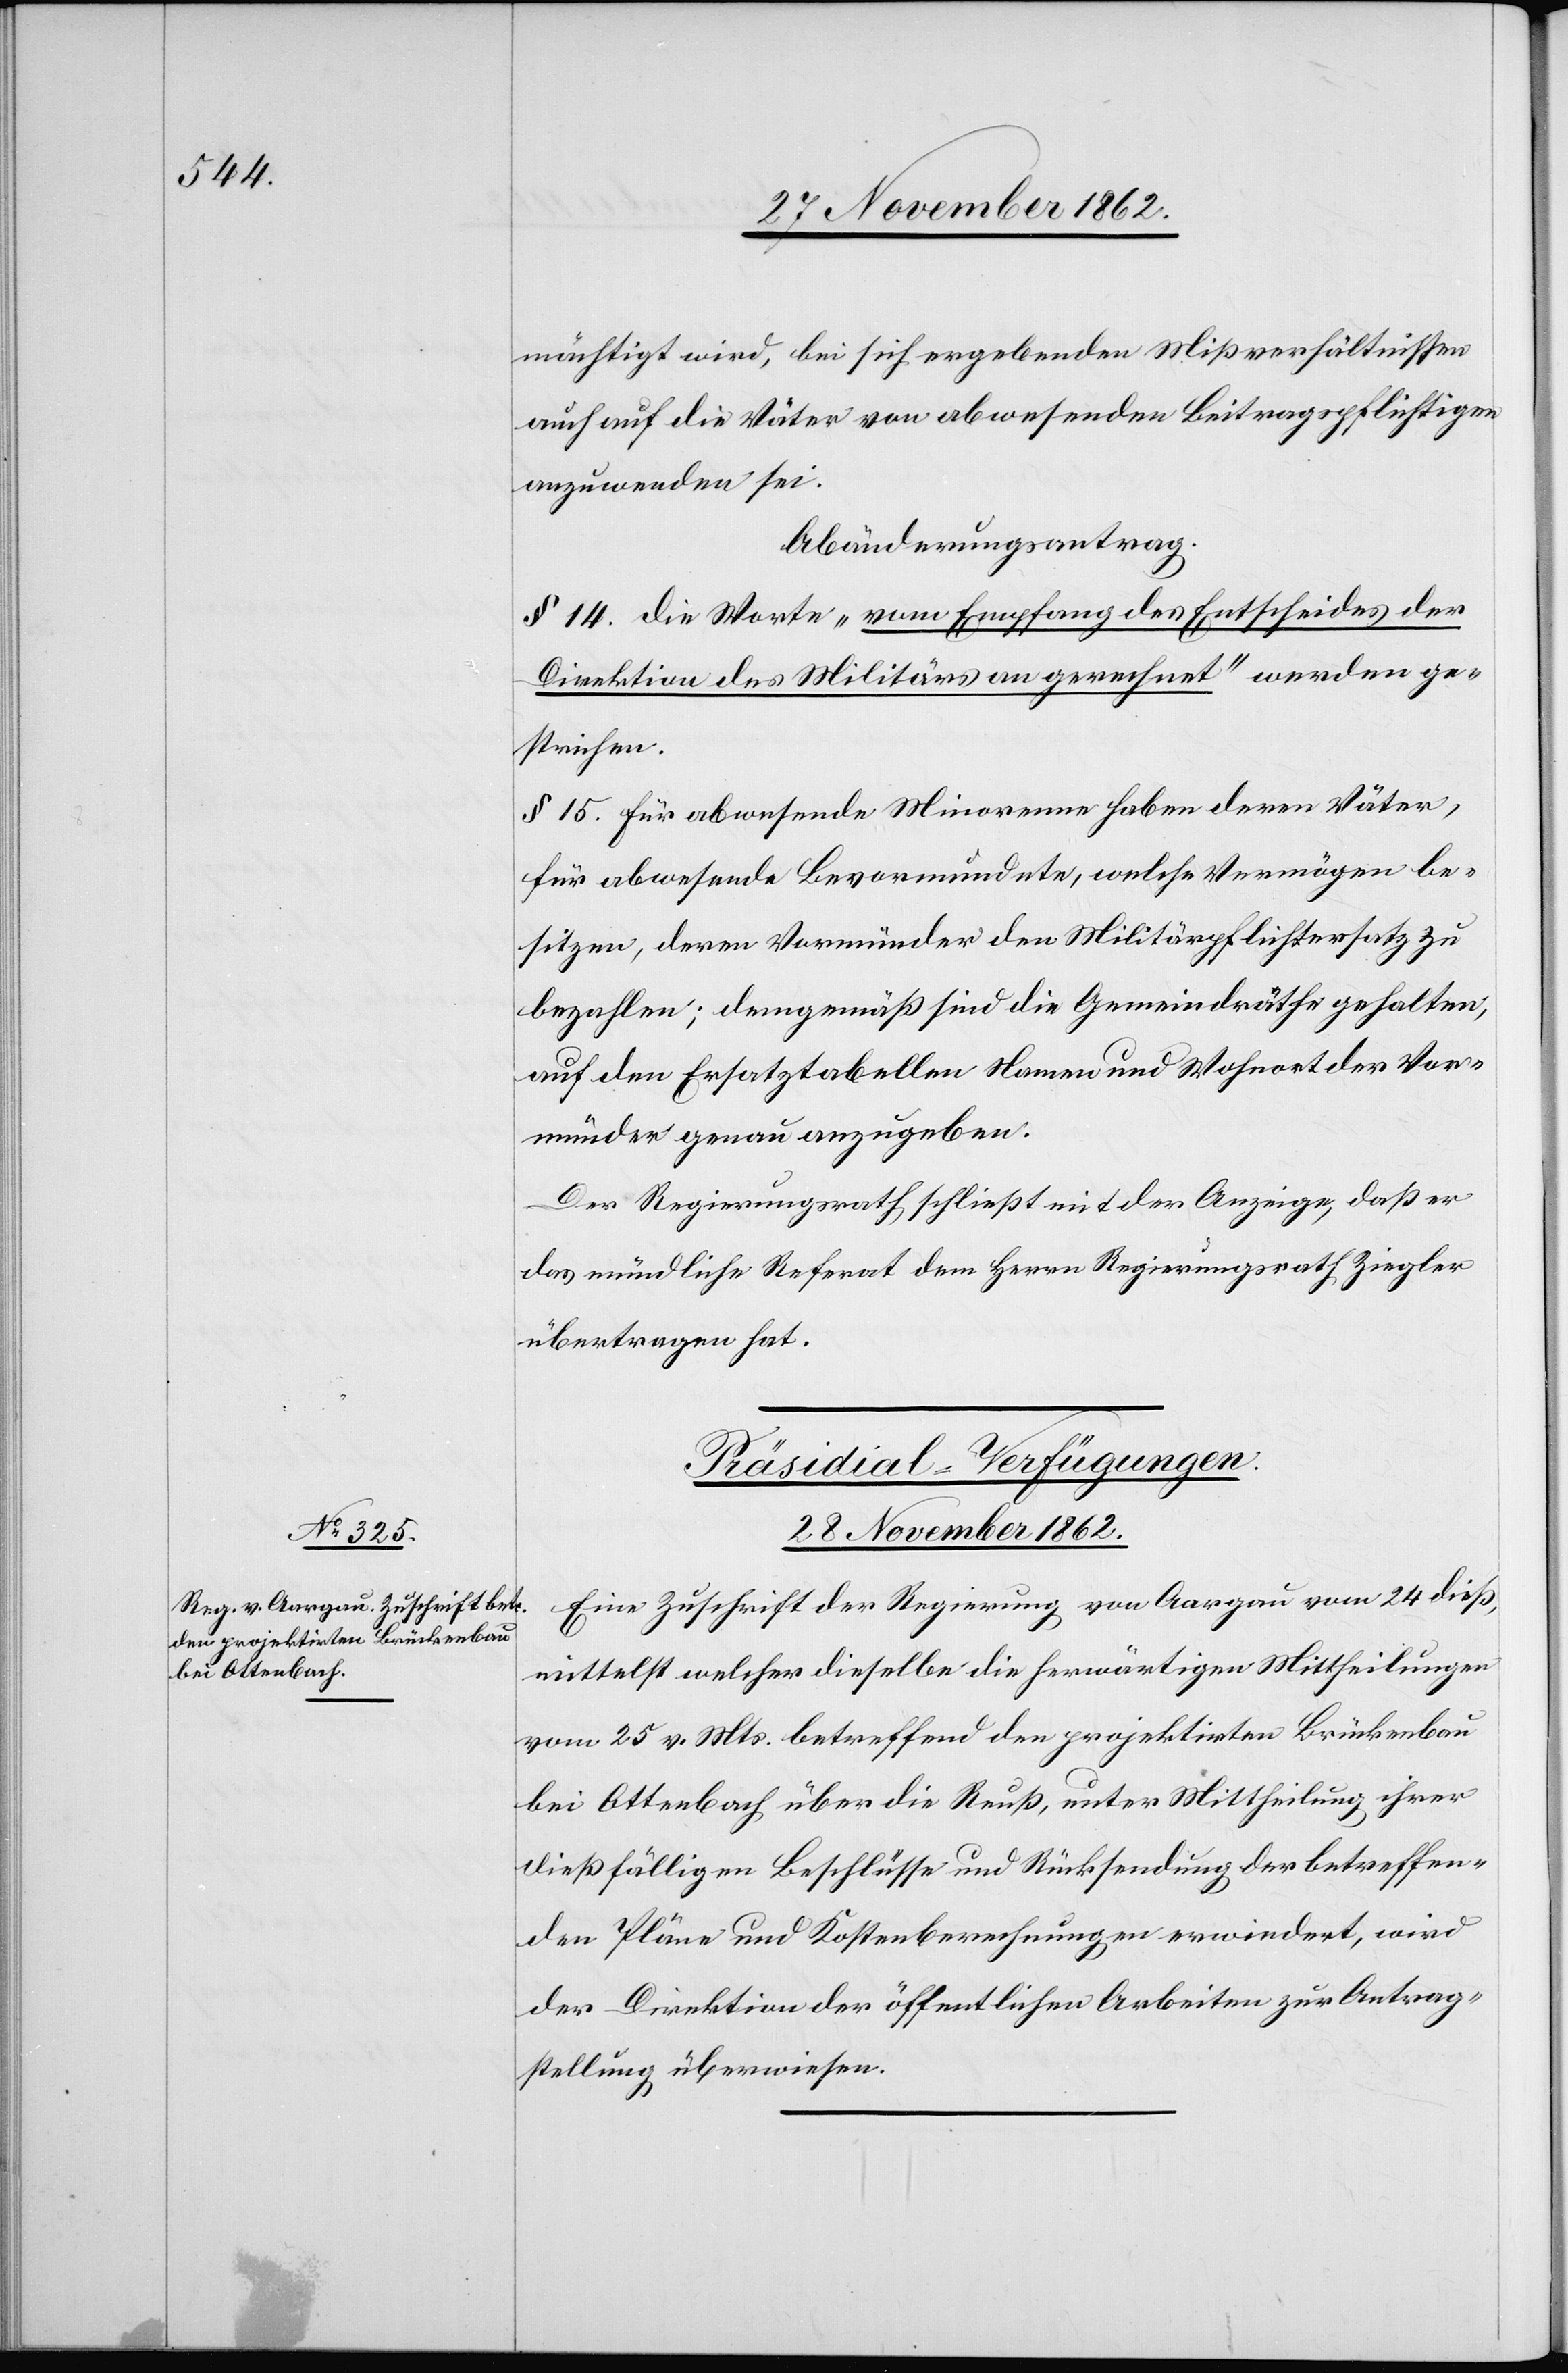
mächtigt wird, bei sich ergebenden Mißverhältnissen
auch auf die Väter von abwesenden Beitragspflichtigen
anzuwenden sei.
Abänderungsantrag.
§ 14. Die Worte „vom Empfang des Entscheides der
Direktion des Militärs an gerechnet“ werden ge¬
strichen.
§ 15 Für abwesende Minorenne haben deren Väter,
für abwesende Bevormundete, welche Vermögen be¬
sitzen, deren Vormünder den Militärpflichtersatz zu
bezahlen; demgemäß sind die Gemeindräthe gehalten,
auf den Ersatztabellen Namen und Wohnort der Vor¬
münder genau anzugeben.
Der Regierungsrath schließt mit der Anzeige, daß er
das mündliche Referat dem Herrn Regierungsrath Ziegler
übertragen hat.
Präsidial-Verfügungen.
28. November 1862.
Eine Zuschrift der Regierung von Aargau vom 24. dieß,
mittelst welcher dieselbe die herwärtigen Mittheilungen
vom 25. v. Mts. betreffend den projektirten Brückenbau
bei Ottenbach über die Reuß, unter Mittheilung ihrer
dießfälligen Beschlüsse und Rücksendung der betreffen¬
den Pläne und Kostenberechnungen erwiedert, wird
der Direktion der öffentlichen Arbeiten zur Antrag¬
stellung überwiesen.